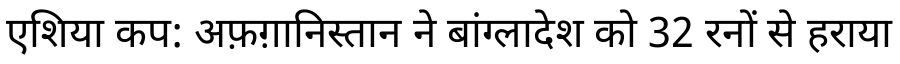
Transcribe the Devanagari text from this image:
एशिया कप: अफ़ग़ानिस्तान ने बांग्लादेश को 32 रनों से हराया